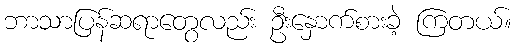
ဘာသာပြန်ဆရာတွေလည်း ဦးနှောက်စားခဲ့ ကြတယ်။